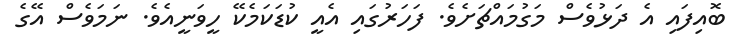
ބޮއިފައި އެ ދަޅުވެސް މަގުމައްޗަށެވެ. ފަހަރުގައި އެއީ ކުޑަކަމެކޭ ހީވަނީއެވެ. ނަމަވެސް އޭގެ